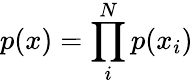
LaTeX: p(x)=\prod_{i}^{N}p(x_{i})